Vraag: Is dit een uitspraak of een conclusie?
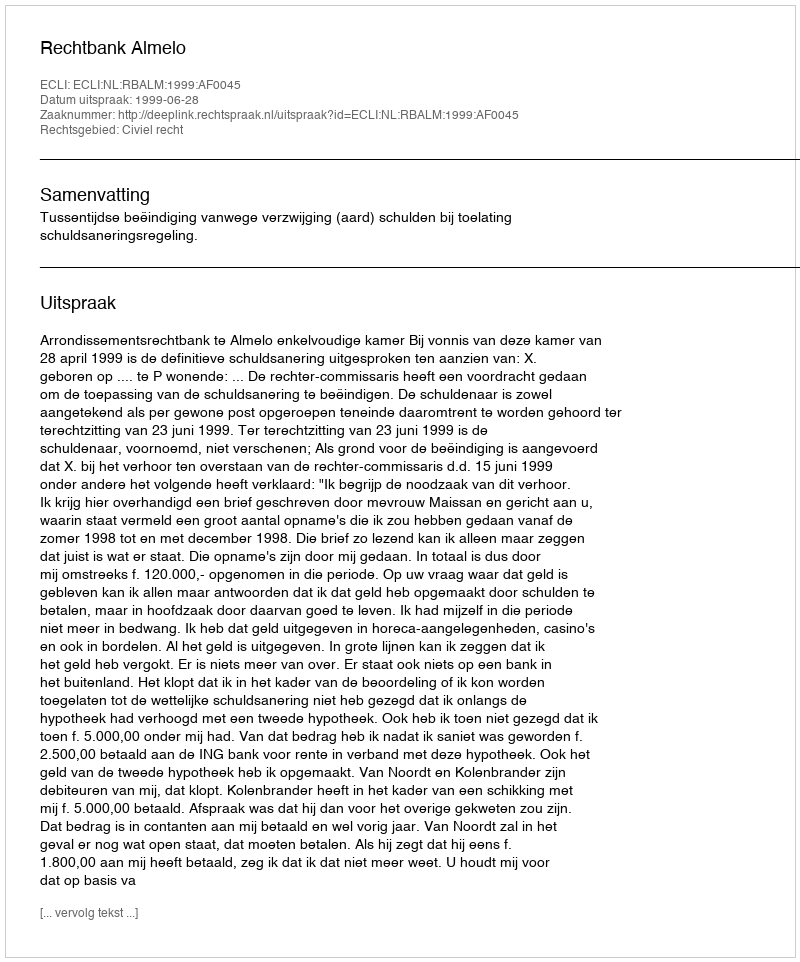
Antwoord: Uitspraak